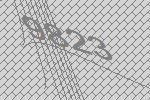
9823